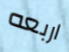
اربعه